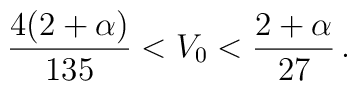
\frac{4(2 + \alpha)}{135} < V_{0} < \frac{2 + \alpha}{27} \,.